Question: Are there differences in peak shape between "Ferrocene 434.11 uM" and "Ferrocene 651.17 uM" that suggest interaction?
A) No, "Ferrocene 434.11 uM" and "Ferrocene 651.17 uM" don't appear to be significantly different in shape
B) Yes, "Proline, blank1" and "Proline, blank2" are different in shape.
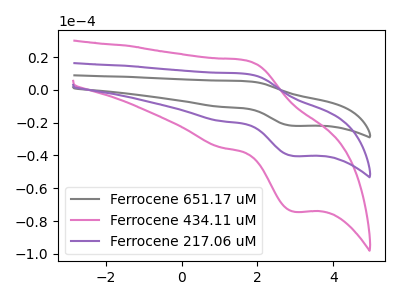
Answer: <think>The gray curve "Ferrocene 651.17 uM" has an anodic peak at (1.65V, 19.65uA) and a cathodic peak at (2.95V, -80.80uA). The pink curve "Ferrocene 434.11 uM" has an anodic peak at (1.65V, 18.10uA) and a cathodic peak at (2.95V, -74.35uA). The purple curve "Ferrocene 217.06 uM" has an anodic peak at (1.65V, 9.85uA) and a cathodic peak at (2.95V, -40.40uA).
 All the peaks in "Ferrocene 434.11 uM" have a peak in "Ferrocene 651.17 uM" at the same potential. Every peak in "Ferrocene 434.11 uM" is lower than every peak in "Ferrocene 651.17 uM".</think>
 <answer>A) No, "Ferrocene 434.11 uM" and "Ferrocene 651.17 uM" don't appear to be significantly different in shape</answer>
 <eval>A</eval>